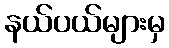
နယ်ပယ်များမှ